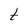
Character: t